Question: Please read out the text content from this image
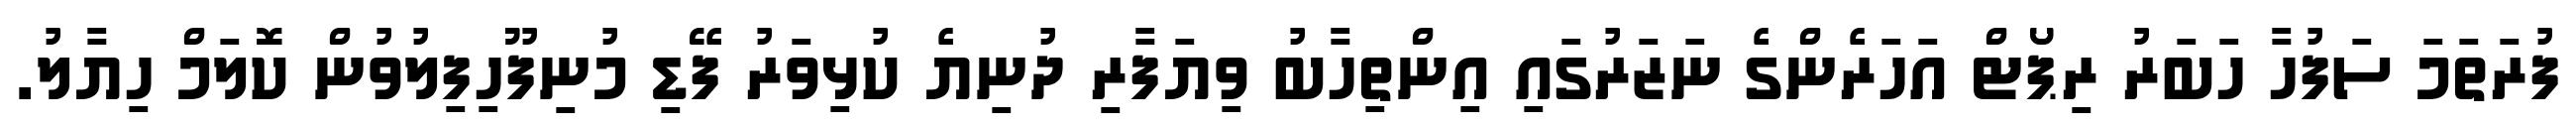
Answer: ފުރަތަމަ ސަފުހާ ހަބަރު ރިޕޯޓް އަހަރެންގެ ނަޒަރުގައި އިންތިހާބު ވިޔަފާރި ދުނިޔެ ކުޅިވަރު ފޭޑި މުނިފޫހިފިލުވުން ކޮލަމް ހިޔާލު.